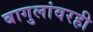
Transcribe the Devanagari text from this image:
बागुलांवरही